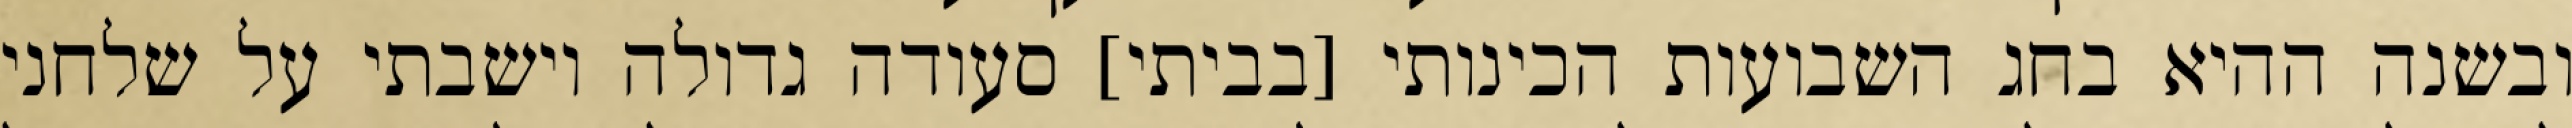
ובשנה ההיא בחג השבועות הכינותי [בביתי] סעודה גדולה וישבתי על שלחני